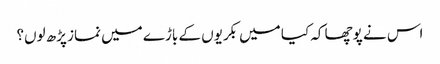
اس نے پوچھا کہ کیا میں بکریوں کے باڑے میں نماز پڑھ لوں؟